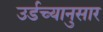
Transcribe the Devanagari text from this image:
उर्डच्यानुसार